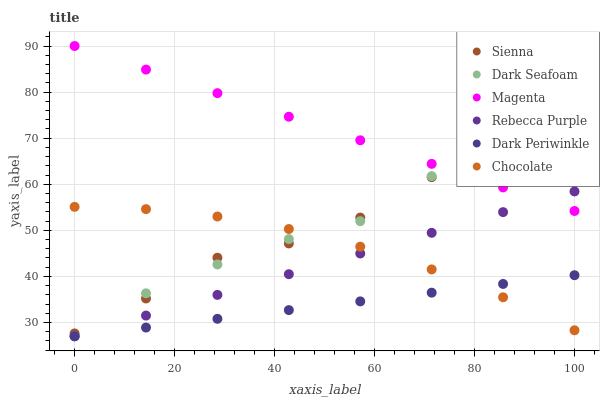
| xaxis_label | Sienna | Dark Seafoam | Magenta | Rebecca Purple | Dark Periwinkle | Chocolate |
 | --- | --- | --- | --- | --- | --- | --- |
 | 0 | 27.6 | 27 | 90 | 27 | 27 | 55.1 |
 | 14.3 | 35.2 | 36.3 | 84.9 | 31.5 | 28.9 | 54.6 |
 | 28.6 | 44 | 42.6 | 79.8 | 36 | 30.8 | 53 |
 | 42.9 | 47.1 | 48.1 | 74.7 | 40.5 | 32.7 | 50.3 |
 | 57.1 | 52.8 | 52 | 69.5 | 45 | 34.6 | 46.4 |
 | 71.4 | 61.5 | 61.8 | 64.4 | 49.5 | 36.5 | 41.5 |
 | 85.7 | 68.2 | 68.4 | 59.3 | 53.9 | 38.4 | 35.5 |
 | 100 | 77.8 | 73.4 | 54.2 | 58.4 | 40.2 | 28.3 |